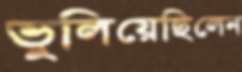
ভুলিয়েছিলেন